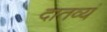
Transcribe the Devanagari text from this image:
दातव्यं